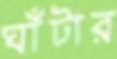
ঘাঁটার